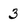
Character: 3